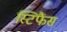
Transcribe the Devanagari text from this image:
स्टिफैंस